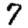
Digit: 7